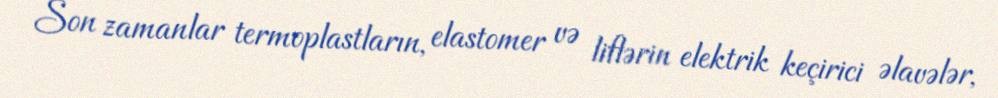
Son zamanlar termoplastların, elastomer və liflərin elektrik keçirici əlavələr,